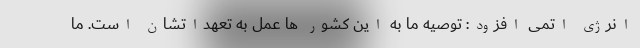
انرژی اتمی افزود: توصیه ما به این کشور ها عمل به تعهداتشان است. ما